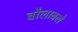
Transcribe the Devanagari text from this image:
बौलाबले